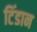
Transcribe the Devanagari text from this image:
टिंडान